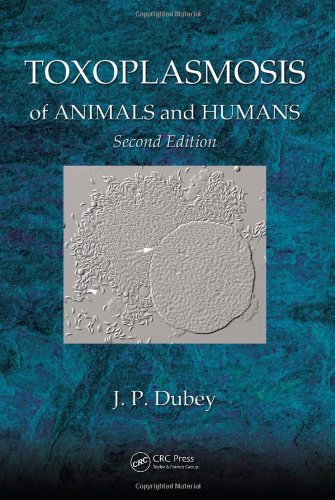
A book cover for Toxoplasmosis of Animals and Humans, Second Edition; J. P. Dubey; Medical Books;